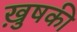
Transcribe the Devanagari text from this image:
ख़ुषकी